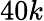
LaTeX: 40k